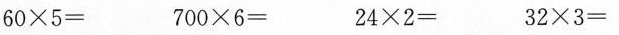
$$6 0 \times 5 =$$ $$7 0 0 \times 6 =$$ $$2 4 \times 2 =$$ $$3 2 \times 3 =$$